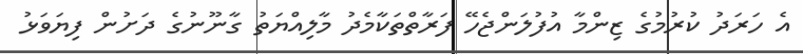
އެ ހަރަދު ކުރުމުގެ ޒިންމާ އުފުލަންޖެހޭ ފަރާތްތަކާމެދު މާލިއްޔަތު ގާނޫނުގެ ދަށުން ފިޔަވަޅު